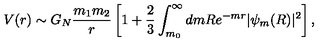
V ( r ) \sim G _ { N } \frac { m _ { 1 } m _ { 2 } } { r } \left[ 1 + \frac { 2 } { 3 } \int _ { m _ { 0 } } ^ { \infty } d m R e ^ { - m r } | \psi _ { m } ( R ) | ^ { 2 } \right] ,